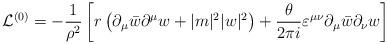
LaTeX: \begin{align*}{\cal L}^{(0)} = -\frac{1}{\rho^{2}}\left[r\left(\partial_{\mu}\bar{w}\partial^{\mu}w +|m|^{2}|w|^{2}\right)+\frac{\theta}{2\pi i}\varepsilon^{\mu\nu} \partial_{\mu}\bar{w}\partial_{\nu}w\right] \end{align*}